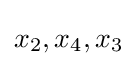
x_{2},x_{4},x_{3}